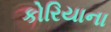
કોરિયાના